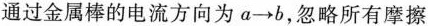
通过金属棒的电流方向为a\longrightarrow b，忽略所有摩擦